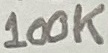
Text: 100K